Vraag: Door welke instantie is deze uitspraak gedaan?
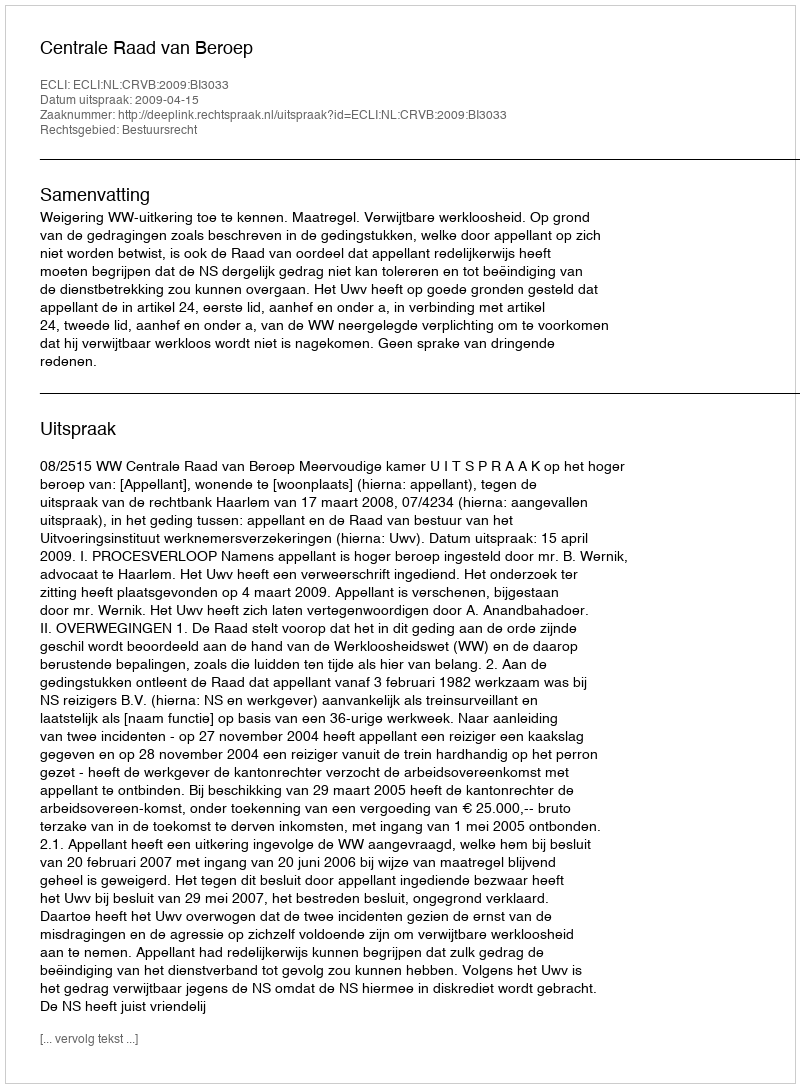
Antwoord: Centrale Raad van Beroep